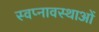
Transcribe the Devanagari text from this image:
स्वप्नावस्थाओं